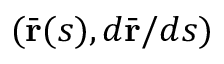
( \bar { \bf r } ( s ) , d \bar { \bf r } / d s )